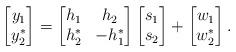
LaTeX: \begin{align*}\begin{bmatrix}y_1 \\y_2^*\end{bmatrix}=\begin{bmatrix}h_1 & h_2 \\h_2^* & -h_1^*\end{bmatrix}\begin{bmatrix}s_1 \\s_2\end{bmatrix}+\begin{bmatrix}w_1 \\w_2^*\end{bmatrix}.\end{align*}